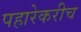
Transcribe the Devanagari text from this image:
पहारेकरीच